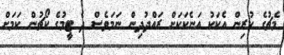
މެޗުގެ ކުރިން އެކަކު އަނެކަކަށް ރައްދުދިން ނަމަވެސް ދެ ޓީމުގެ ކޯޗުން ކަމަށް